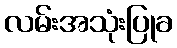
လမ်းအသုံးပြုခ